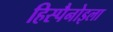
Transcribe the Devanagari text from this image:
हिस्पैनोइला